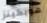
هوبكينز